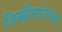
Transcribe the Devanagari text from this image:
तिन्हीसांजेच्या